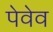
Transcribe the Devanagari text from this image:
पेवेव